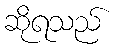
ဆိုရသည်